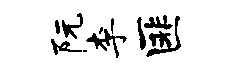
阮李匪